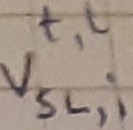
Text: t,l Vsl,i